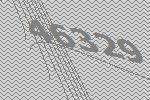
46329